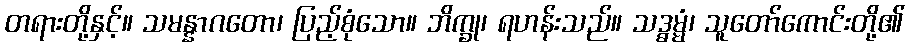
တရားတို့နှင့်။ သမန္နာဂတော၊ ပြည့်စုံသော။ ဘိက္ခု၊ ရဟန်းသည်။ သဒ္ဓမ္မံ၊ သူတော်ကောင်းတို့၏